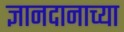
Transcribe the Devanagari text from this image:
ज्ञानदानाच्या